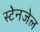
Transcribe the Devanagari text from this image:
स्टेनजेल